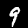
Label: 9